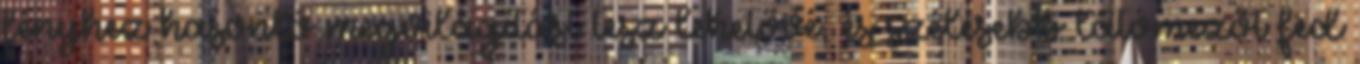
fényhez hasonló megvilágítást tesz lehetővé, és szélesebb látómezőt fed